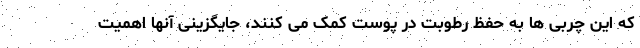
که این چربی ها به حفظ رطوبت در پوست کمک می کنند، جایگزینی آنها اهمیت